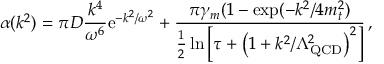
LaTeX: \alpha ( k ^ { 2 } ) = \pi D \frac { k ^ { 4 } } { \omega ^ { 6 } } \mathrm { e } ^ { - k ^ { 2 } / \omega ^ { 2 } } + \frac { \pi \gamma _ { m } ( 1 - \exp ( - k ^ { 2 } / 4 m _ { t } ^ { 2 } ) } { \frac { 1 } { 2 } \ln \left[ \tau + \left( 1 + k ^ { 2 } / \Lambda _ { \mathrm { Q C D } } ^ { 2 } \right) ^ { 2 } \right] } \, ,